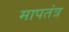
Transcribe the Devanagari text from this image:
मापतंत्र